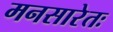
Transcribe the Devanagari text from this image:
मनसारेतः